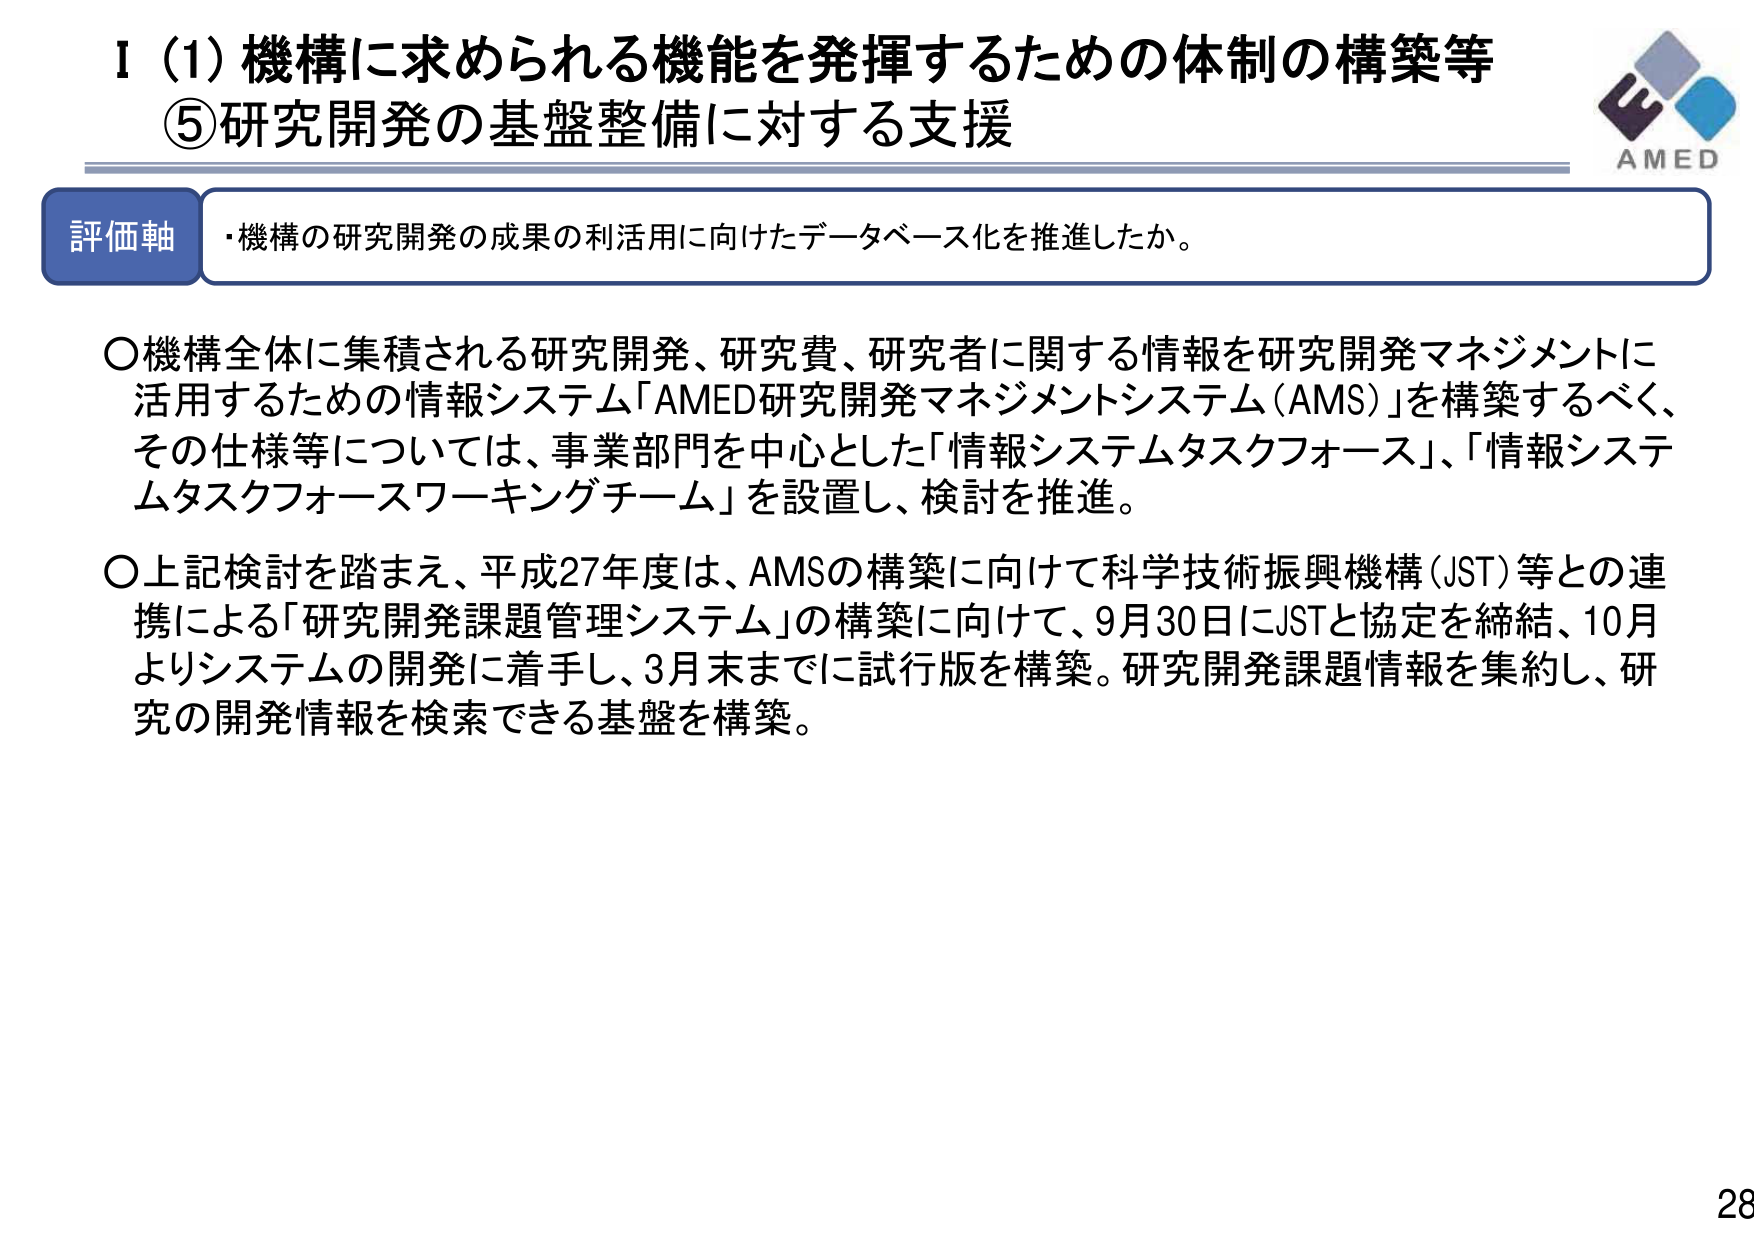
Ⅰ（1）機構に求められる機能を発揮するための体制の構築等
⑤研究開発の基盤整備に対する支援

評価軸
・機構の研究開発の成果の利活用に向けたデータベース化を推進したか。

○機構全体に集積される研究開発、研究費、研究者に関する情報を研究開発マネジメントに活用するための情報システム「AMED研究開発マネジメントシステム（AMS）」を構築するべく、その仕様等については、事業部門を中心とした「情報システムタスクフォース」、「情報システムタスクフォースワーキングチーム」を設置し、検討を推進。

○上記検討を踏まえ、平成27年度は、AMSの構築に向けて科学技術振興機構（JST）等との連携による「研究開発課題管理システム」の構築に向けて、9月30日にJSTと協定を締結、10月よりシステムの開発に着手し、3月末までに試行版を構築。研究開発課題情報を集約し、研究の開発情報を検索できる基盤を構築。

AMED
28